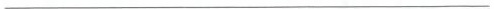
___